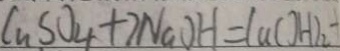
C _ { n } S O _ { 4 } + 2 N a O H = C u C ( O H ) _ { 2 }